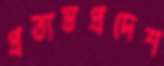
প্রত্যন্তপ্রদেশ